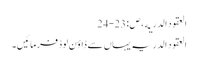
العقود الدریه ، ص:23-24
العقود الدریہ یہاں سے ڈاؤن لوڈ فرمائیں۔